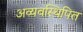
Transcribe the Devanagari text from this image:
अव्यवस्थिपित